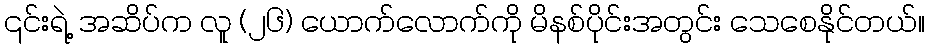
၎င်းရဲ့ အဆိပ်က လူ (၂၆) ယောက်လောက်ကို မိနစ်ပိုင်းအတွင်း သေစေနိုင်တယ်။